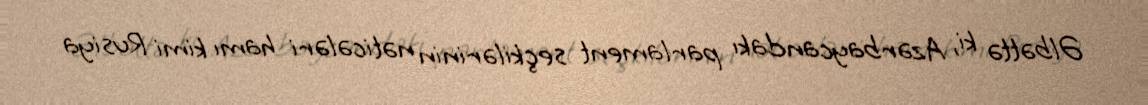
Əlbəttə ki, Azərbaycandakı parlament seçkilərinin nəticələri hamı kimi Rusiya